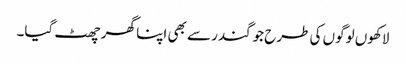
لاکھوں لوگوں کی طرح جوگندر سے بھی اپنا گھر چھٹ گیا۔